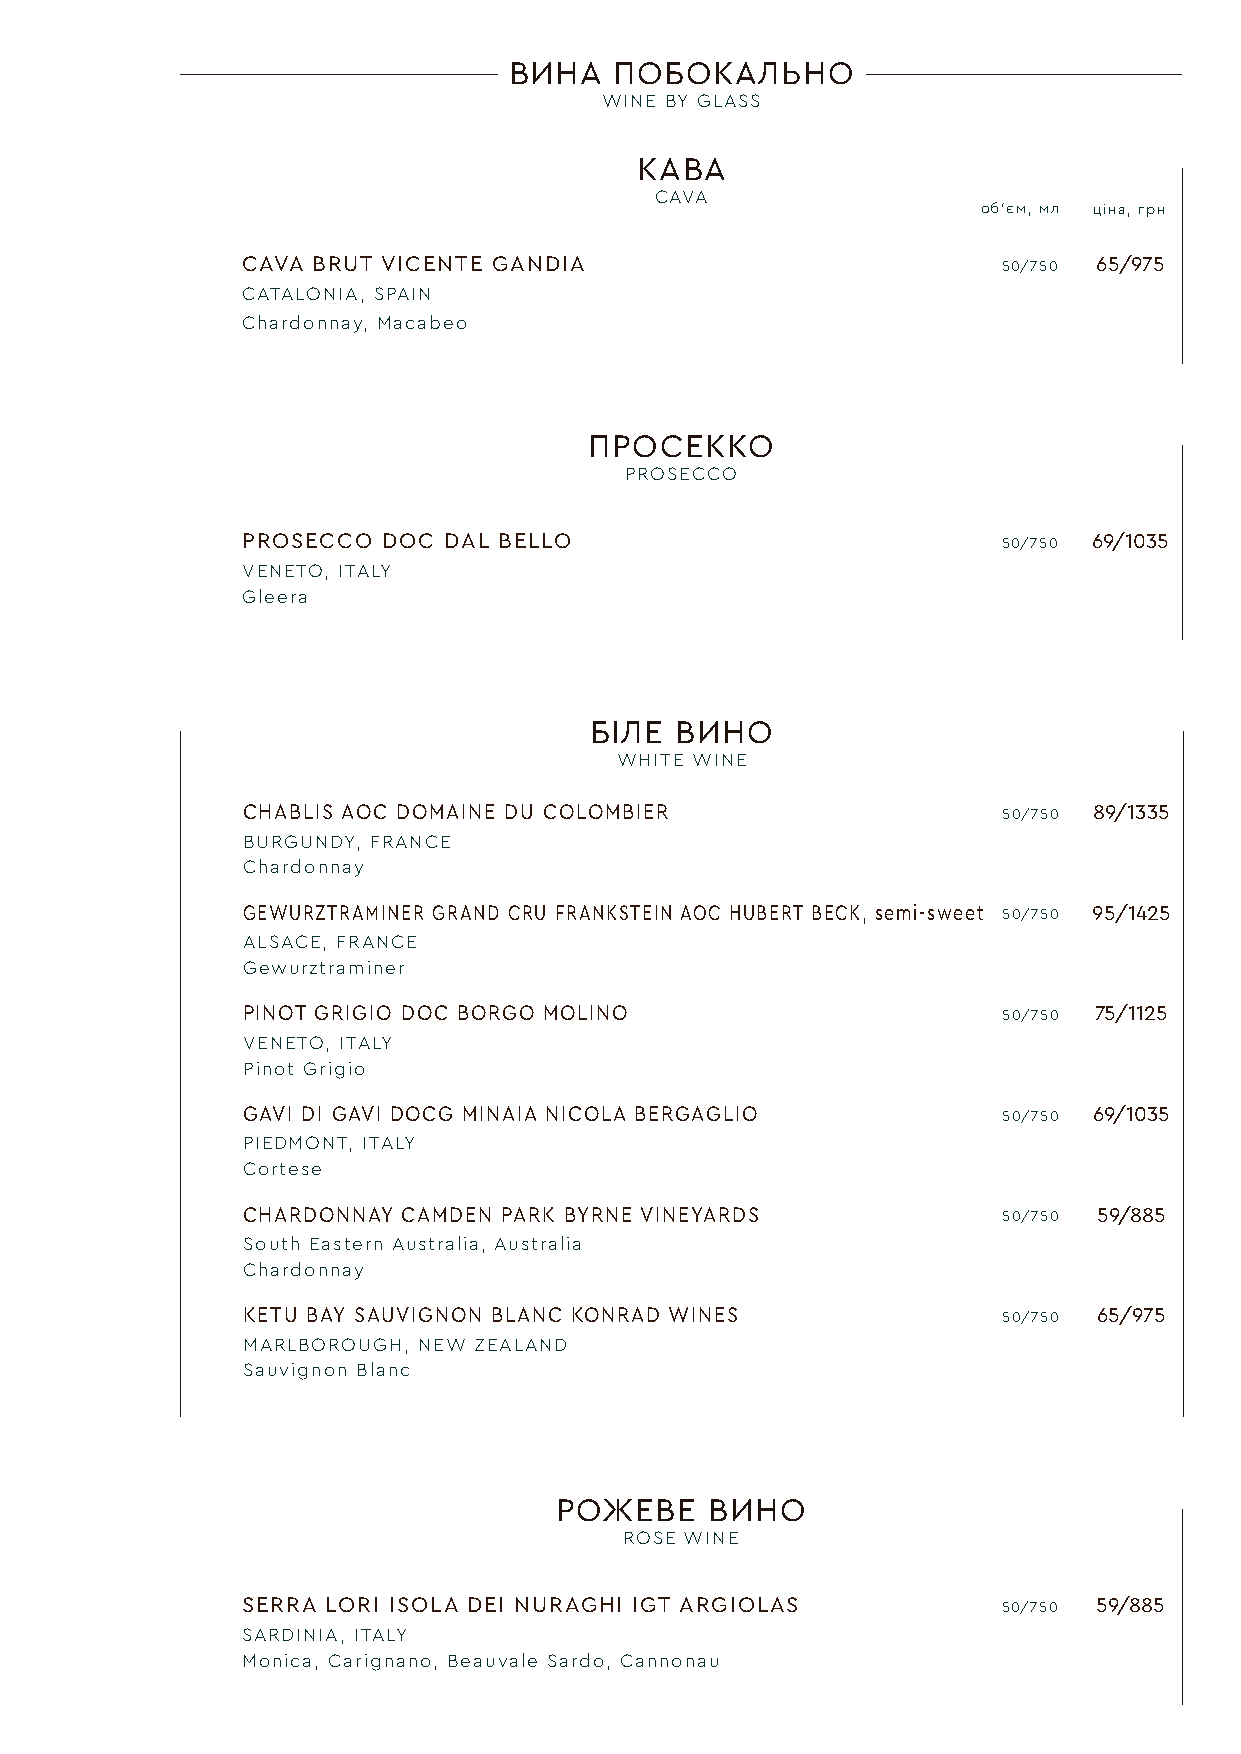
ВИНА   ПОБОКАЛЬНО
 WINE BY GLASS
 КАВА
 CAVA
 об‘єм, мл ціна, грн
 CAVA BRUT VICENTE GANDIA                          50/750 65/975
 CATALONIA, SPAIN
 Chardonnay, Macabeo
 ПРОСЕККО
 PROSECCO
 PROSECCO DOC DAL BELLO                            50/750 69/1035
 VENETO, ITALY
 Gleera
 БІЛЕ  ВИНО
 WHITE WINE
 CHABLIS AOC DOMAINE DU COLOMBIER                  50/750 89/1335
 BURGUNDY, FRANCE
 Chardonnay
 GEWURZTRAMINER GRAND CRU FRANKSTEIN AOC HUBERT BECK, semi-sweet 50/750 95/1425
 ALSACE, FRANCE
 Gewurztraminer
 PINOT GRIGIO DOC BORGO MOLINO                     50/750 75/1125
 VENETO, ITALY
 Pinot Grigio
 GAVI DI GAVI DOCG MINAIA NICOLA BERGAGLIO         50/750 69/1035
 PIEDMONT, ITALY
 Cortese
 CHARDONNAY CAMDEN PARK BYRNE VINEYARDS            50/750 59/885
 South Eastern Australia, Australia
 Chardonnay
 KETU BAY SAUVIGNON BLANC KONRAD WINES             50/750 65/975
 MARLBOROUGH, NEW ZEALAND
 Sauvignon Blanc
 РОЖЕВЕ    ВИНО
 ROSE WINE
 SERRA LORI ISOLA DEI NURAGHI IGT ARGIOLAS         50/750 59/885
 SARDINIA, ITALY
 Monica, Carignano, Beauvale Sardo, Cannonau